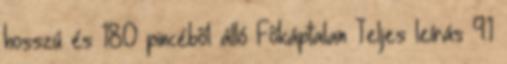
hosszú és 180 pincéből álló Főkáptalan Teljes leírás 9.1